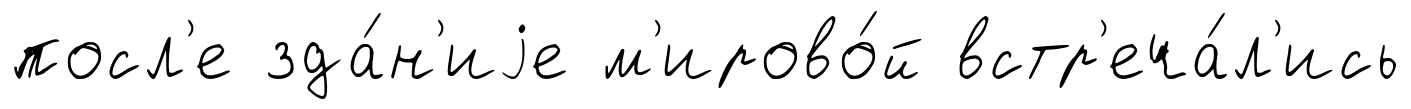
посл'е зда́н'иjе м'ирово́й встр'еча́л'ись